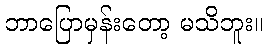
ဘာပြောမှန်းတော့ မသိဘူး။